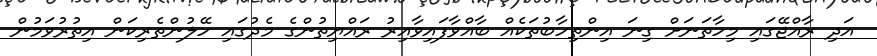
އަދި ރާއްޖޭގައި މިހާތަނަށް ގިނަ އިންތިހާބުތަކެއް ބާއްވާފައިވާއިރު ރައްޔިތުންގެ މެދުގައި ހޭލުންތެރިކަން އިތުރުވަމުން